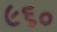
૯૬૦